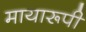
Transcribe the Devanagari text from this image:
मायारूपी